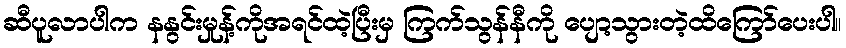
ဆီပူလာပါက နနွင်းမှုန့်ကိုအရင်ထဲ့ပြီးမှ ကြက်သွန်နီကို ပျော့သွားတဲ့ထိကြော်ပေးပါ။